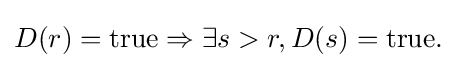
D(r)=\mathrm {true} \Rightarrow \exists s>r,D(s)=\mathrm {true} .\;